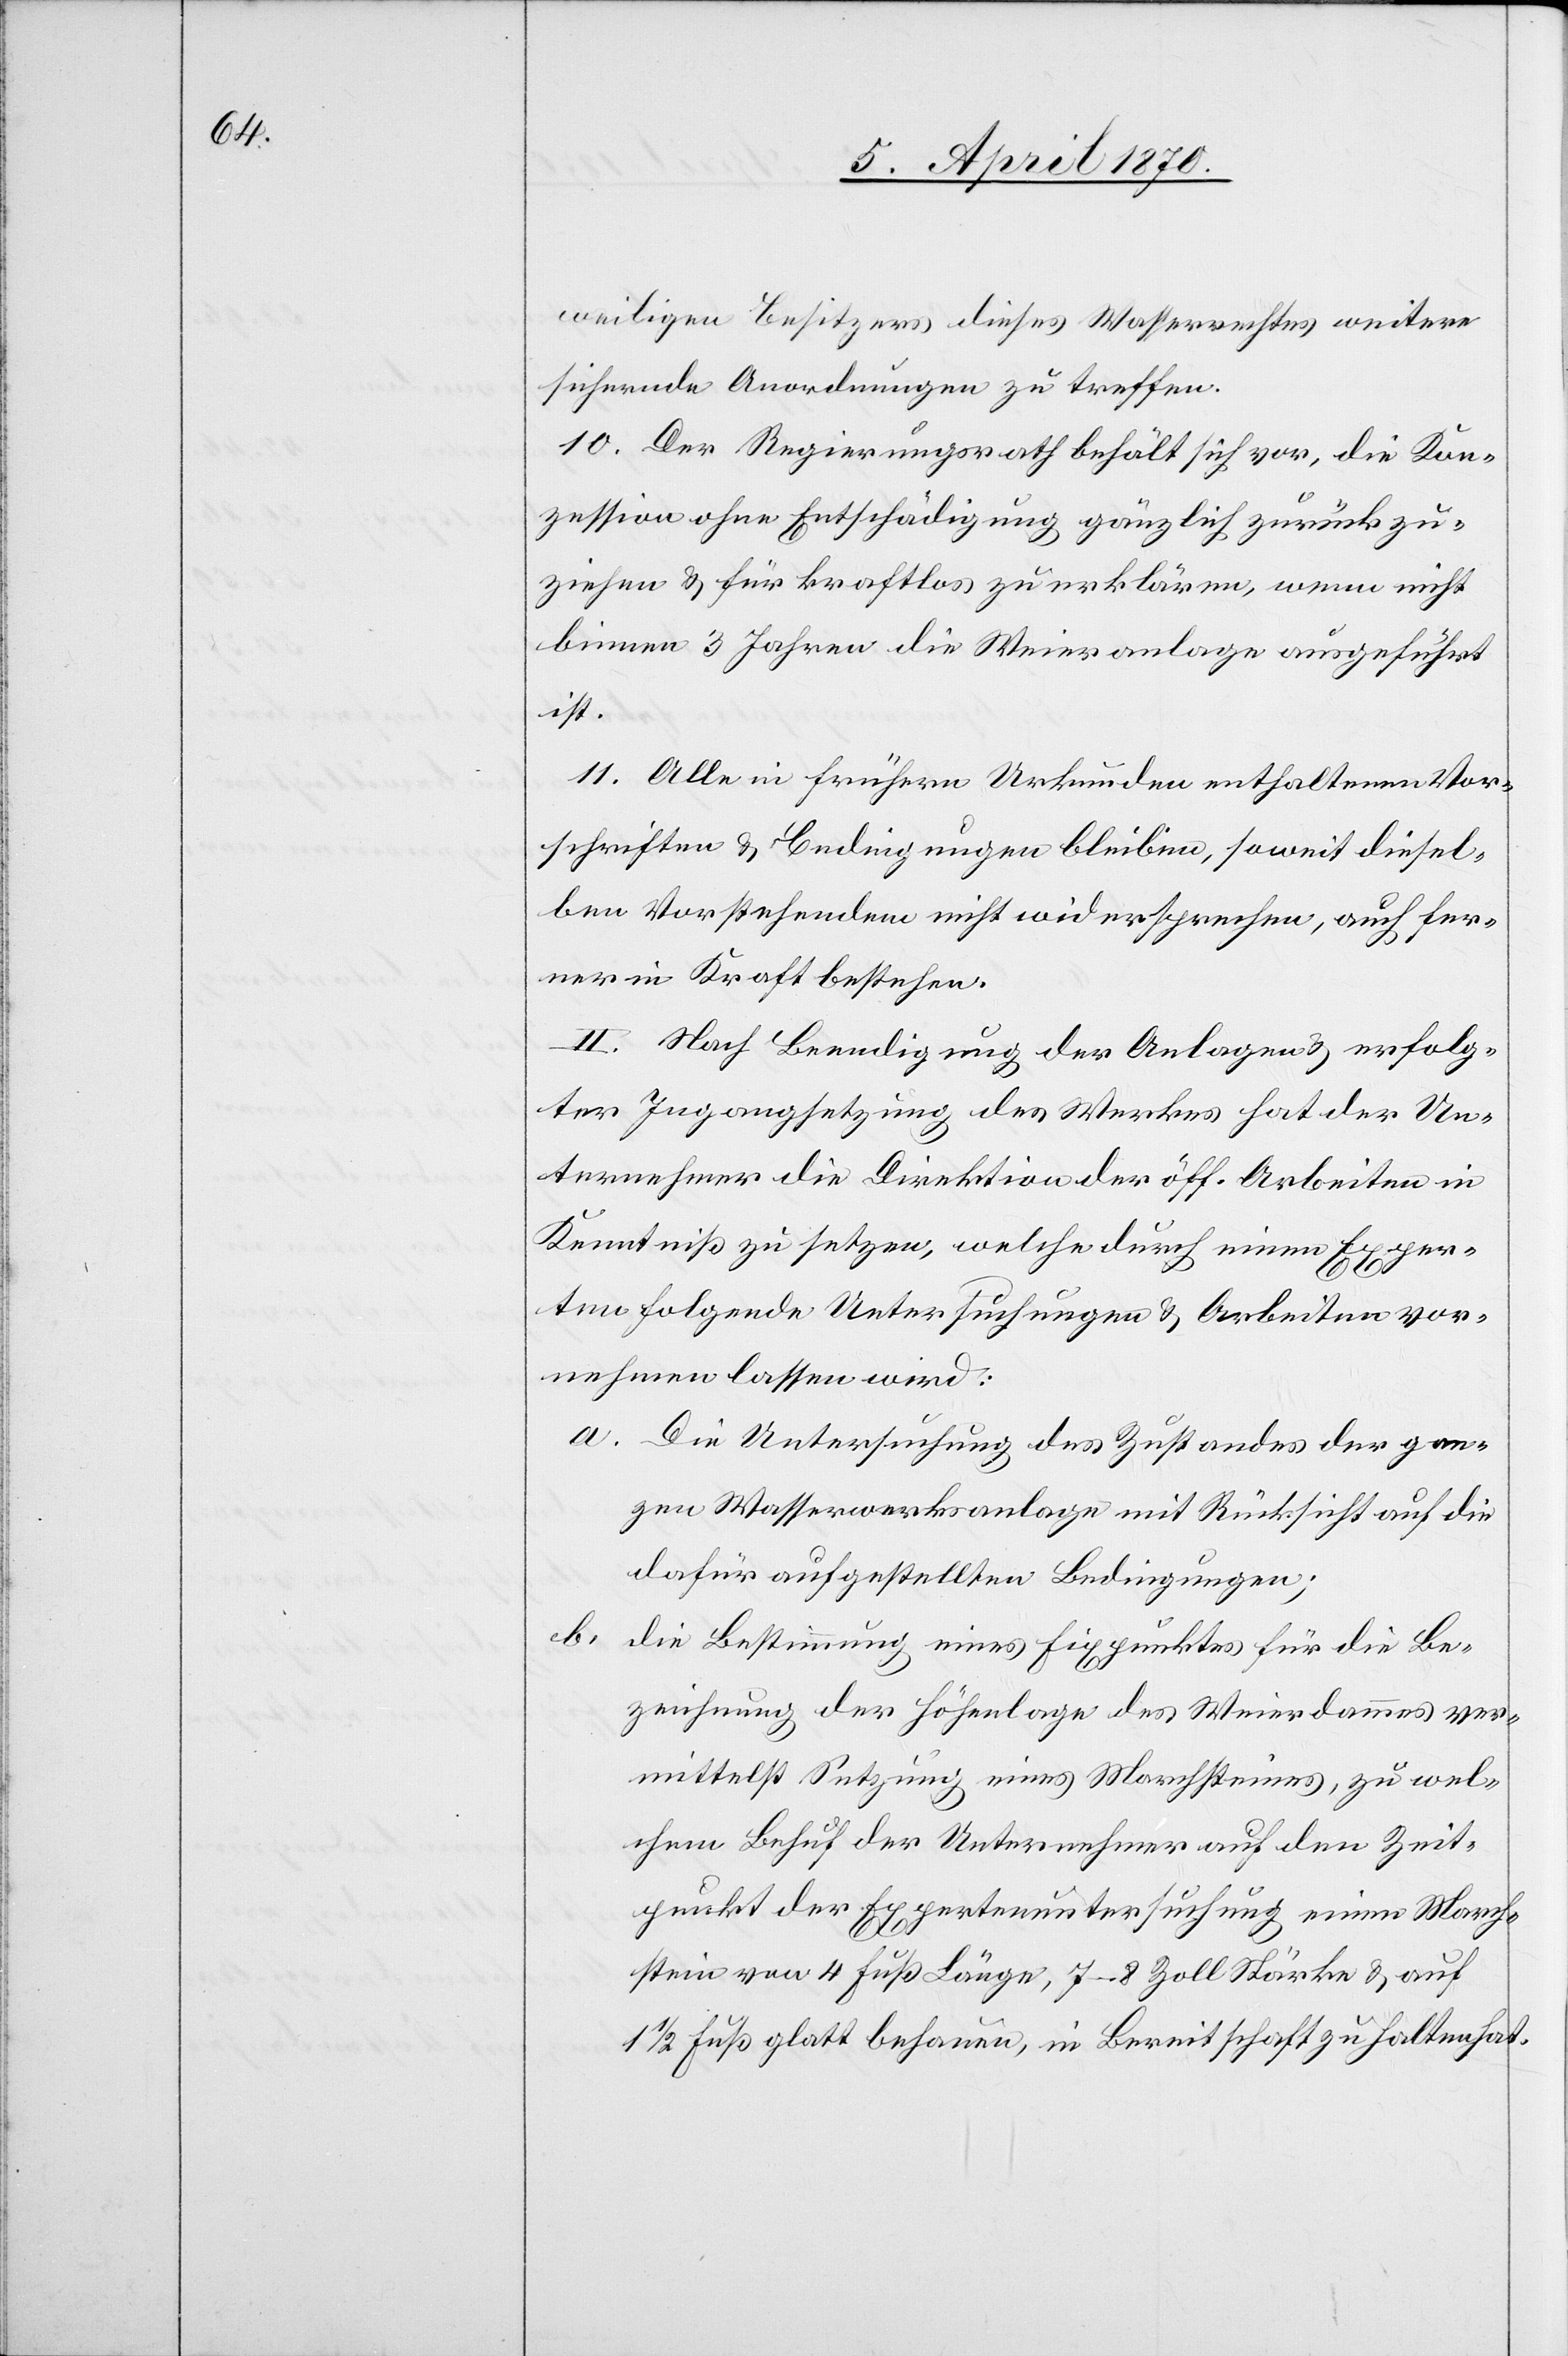
weiligen Besitzers dieses Wasserrechtes weitere
sichernde Anordnungen zu treffen.
10. Der Regierungsrath behält sich vor, die Kon¬
zession ohne Entschädigung gänzlich zurückzu¬
ziehen & für kraftlos zu erklären, wenn nicht
binnen 3 Jahren die Weieranlage ausgeführt
ist.
11. Alle in frühern Urkunden enthaltenen Vor¬
schriften & Bedingungen bleiben, soweit diesel¬
ben Vorstehenden nicht widersprechen, auch fer¬
ner in Kraft bestehen.
II. Nach Beendigung der Anlagen & erfolg¬
ter Ingangsetzung des Werkes hat der Un¬
ternehmer die Direktion der öff. Arbeiten in
Kenntniß zu setzen, welche durch einen Exper¬
ten folgende Untersuchungen & Arbeiten vor¬
nehmen lassen wird:
a. Die Untersuchung des Zustandes der gan¬
zen Wasserwerksanlage mit Rücksicht auf die
dafür aufgestellten Bedingungen;
b.
die Bestimmung eines Fixpunktes für die Be¬
zeichnung der Höhenlage des Weierdammes ver¬
mittelst Setzung eines Marchsteines, zu wel¬
chem Behuf der Unternehmer auf den Zeit¬
punkt der Expertenuntersuchung einen March¬
stein von 4 Fuß Länge, 7–8 Zoll Stärke & auf
1 1/2 Fuß glatt behauen, in Bereitschaft zu halten hat.